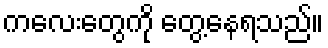
ကလေးတွေကို တွေ့နေရသည်။